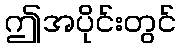
ဤအပိုင်းတွင်